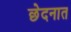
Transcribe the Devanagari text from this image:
छेदनात